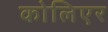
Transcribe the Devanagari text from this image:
कोलिएर